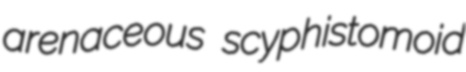
arenaceous scyphistomoid